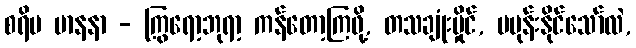
စရိမ မာနနာ - ကြွရော့ဘုရာ့ ကန်တော့ကြဖို့, တသချုံးမှိုင်, မမုန်းနိုင်သော်လဲ,